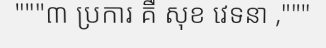
"""៣ ប្រការ គឺ សុខ វេទនា ,"""